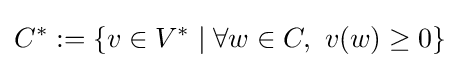
C^{*}:=\left\{v\in V^{*}\mid \forall w\in C,~v(w)\geq 0\right\}